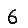
Digit: 6